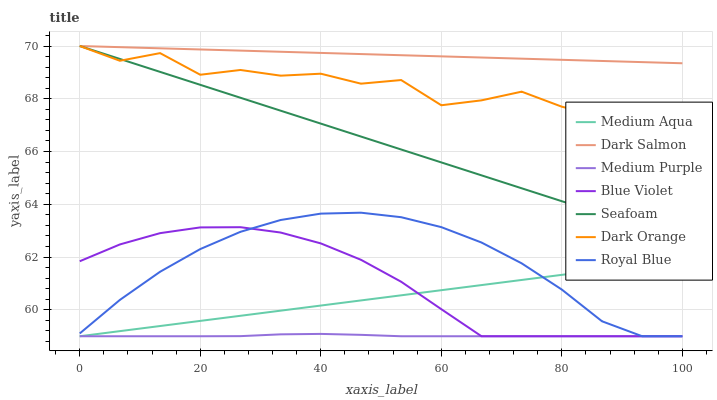
| xaxis_label | Medium Aqua | Dark Salmon | Medium Purple | Blue Violet | Seafoam | Dark Orange | Royal Blue |
 | --- | --- | --- | --- | --- | --- | --- | --- |
 | 0 | 59 | 70 | 59 | 61.8 | 70 | 70 | 59.1 |
 | 6.67 | 59.2 | 70 | 59 | 62.5 | 69.5 | 69.4 | 60.4 |
 | 13.3 | 59.4 | 69.9 | 59 | 62.9 | 69 | 69.7 | 61.4 |
 | 20 | 59.6 | 69.9 | 59 | 63.1 | 68.5 | 68.9 | 62.3 |
 | 26.7 | 59.8 | 69.8 | 59 | 63.1 | 68 | 69.1 | 63 |
 | 33.3 | 60 | 69.8 | 59.1 | 62.9 | 67.5 | 68.9 | 63.4 |
 | 40 | 60.2 | 69.7 | 59.1 | 62.5 | 67.1 | 69 | 63.6 |
 | 46.7 | 60.4 | 69.7 | 59.1 | 61.9 | 66.6 | 68.6 | 63.7 |
 | 53.3 | 60.6 | 69.7 | 59 | 61.1 | 66.1 | 68.7 | 63.5 |
 | 60 | 60.7 | 69.6 | 59 | 60 | 65.6 | 67.8 | 63.1 |
 | 66.7 | 60.9 | 69.6 | 59 | 59 | 65.1 | 67.9 | 62.6 |
 | 73.3 | 61.1 | 69.5 | 59 | 59 | 64.6 | 68.3 | 61.8 |
 | 80 | 61.3 | 69.5 | 59 | 59 | 64.1 | 67.7 | 60.8 |
 | 86.7 | 61.5 | 69.4 | 59 | 59 | 63.6 | 67.3 | 59.6 |
 | 93.3 | 61.7 | 69.4 | 59 | 59 | 63.1 | 67 | 59 |
 | 100 | 61.9 | 69.3 | 59 | 59 | 62.6 | 67 | 59 |